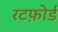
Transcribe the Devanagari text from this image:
रटफ़ोर्ड